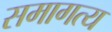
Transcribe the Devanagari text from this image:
समागत्य